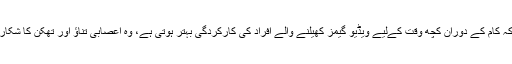
البتہ چند برسوں سے یہ بات بھی مشاہدے میں آرہی تھی کہ کام کے دوران کچھ وقت کےلیے ویڈیو گیمز کھیلنے والے افراد کی کارکردگی بہتر ہوتی ہے، وہ اعصابی تناؤ اور تھکن کا شکار بھی کم ہوتے ہیں جبکہ ان سے غلطیاں بھی کم ہوتی ہیں۔